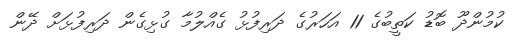
ކުމުންދޫ ބޮޑު ކަތީބުގެ 11 އަހަރުގެ ދަރިފުޅު ގެއްލުމާ ގުޅިގެން ދަރިފުޅަށް ދޭން